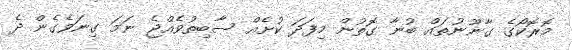
މޮރޮކޯގެ ގާނޫނުތައް ބުނާ ގޮތުން މިފަދަ ކުށެއް ސާބިތުވެއްޖެ ނަމަ ގިނަވެގެން ދެ